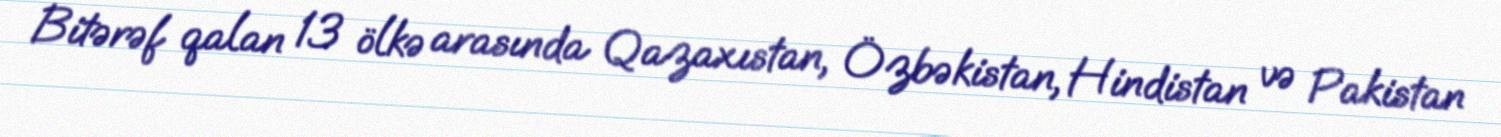
Bitərəf qalan 13 ölkə arasında Qazaxıstan, Özbəkistan, Hindistan və Pakistan